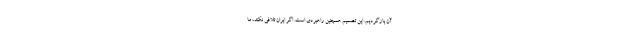
آن بازگردیم. این تصمیم همچنین راهبردی است. اگر ایران تلافی نکند، ما